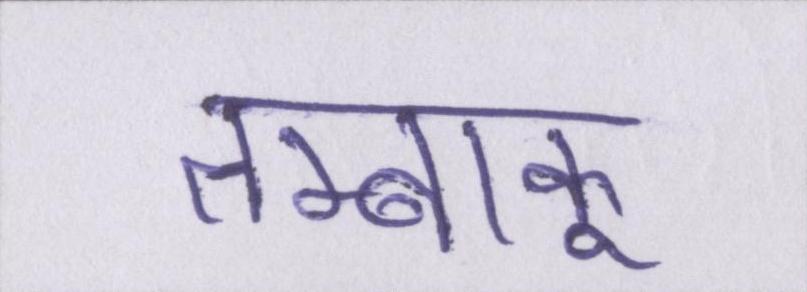
तम्बाकू